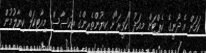
ކަމަށް އެ ދޯނީގެ ކެޕްޓަން މިއަދު "ހަވީރަ"ށް ކިޔުންތެރިންގެ އިހުސާސް: މިއާޓިކަލް ކިޔާލުމުން